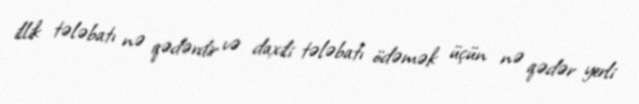
illik tələbatı nə qədərdir və daxili tələbatı ödəmək üçün nə qədər yerli